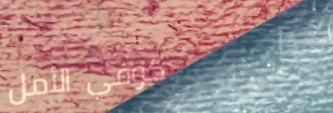
كوفي الأمل